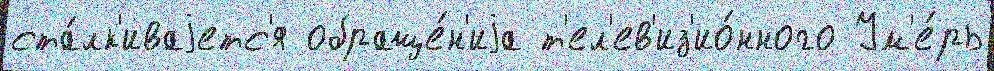
ста́лк'иваjетс'я обраще́н'иjа т'ел'ев'из'ио́нного Ум'е́рь